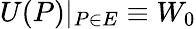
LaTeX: U(P)|_{P\in E}\equiv W_{0}